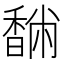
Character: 䭱